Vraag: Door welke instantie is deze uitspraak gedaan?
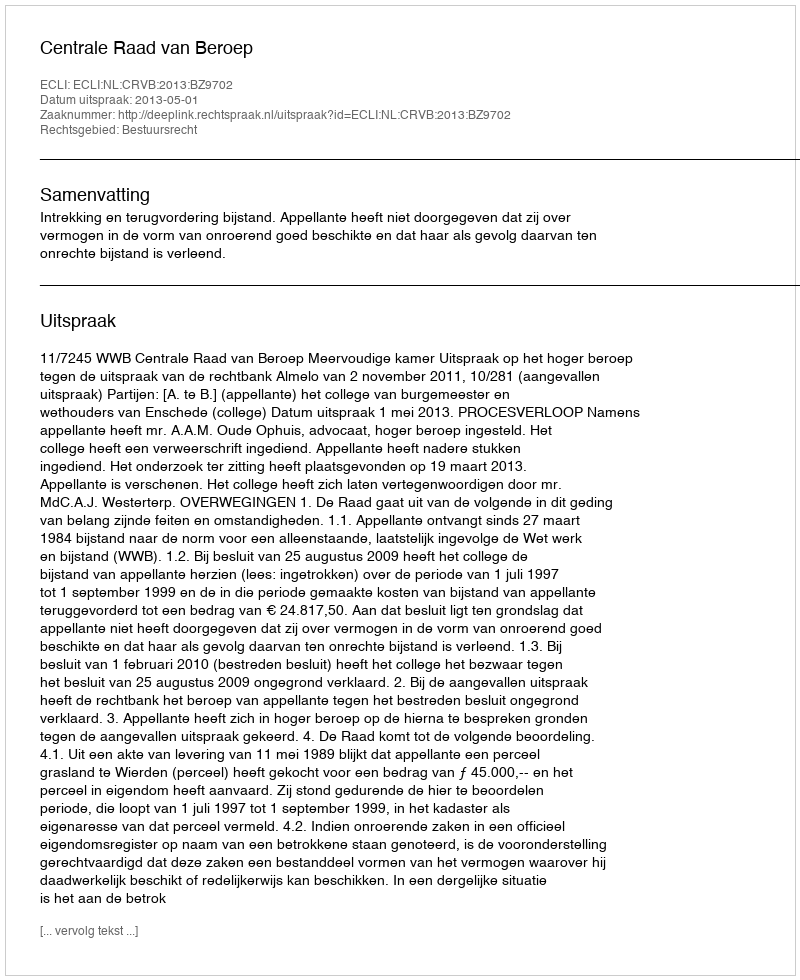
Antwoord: Centrale Raad van Beroep